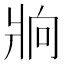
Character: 𰠒